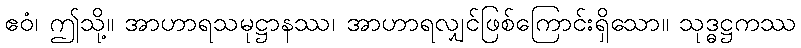
ဧဝံ၊ ဤသို့။ အာဟာရသမုဋ္ဌာနဿ၊ အာဟာရလျှင်ဖြစ်ကြောင်းရှိသော။ သုဒ္ဓဋ္ဌကဿ